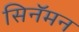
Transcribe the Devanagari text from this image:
सिनॅमन